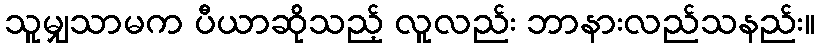
သူမျှသာမက ပီယာဆိုသည့် လူလည်း ဘာနားလည်သနည်း။